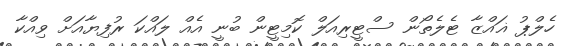
ހެލްޕު ޣައްޒާ ޓެލެތޯން ސްޓީރިއަލް ކޮމިޓީން ބުނީ އެއް ލައްކަ ރުފިޔާއަށް ވިއްކާ